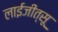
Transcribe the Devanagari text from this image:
लाईजीत्सू